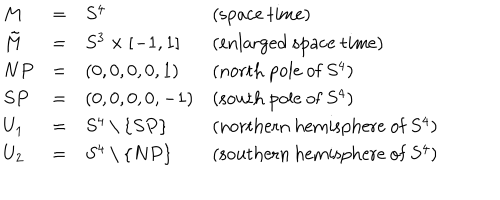
\begin{array} { l c l l } { { M } } & { { = } } & { { S ^ { 4 } } } & { { ( \mathrm { s p a c e ~ t i m e } ) } } \\ { { \tilde { M } } } & { { = } } & { { S ^ { 3 } \times [ - 1 , 1 ] } } & { { ( \mathrm { e n l a r g e d ~ s p a c e ~ t i m e } ) } } \\ { { N P } } & { { = } } & { { ( 0 , 0 , 0 , 0 , 1 ) } } & { { ( \mathrm { n o r t h ~ p o l e ~ o f ~ } S ^ { 4 } ) } } \\ { { S P } } & { { = } } & { { ( 0 , 0 , 0 , 0 , - 1 ) } } & { { ( \mathrm { s o u t h ~ p o l e ~ o f ~ } S ^ { 4 } ) } } \\ { { U _ { 1 } } } & { { = } } & { { S ^ { 4 } \setminus \{ S P \} } } & { { ( \mathrm { n o r t h e r n ~ h e m i s p h e r e ~ o f ~ } S ^ { 4 } ) } } \\ { { U _ { 2 } } } & { { = } } & { { S ^ { 4 } \setminus \{ N P \} } } & { { ( \mathrm { s o u t h e r n ~ h e m i s p h e r e ~ o f ~ } S ^ { 4 } ) } } \\ \end{array}